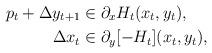
LaTeX: \begin{align*} p_{t} + \Delta y_{t+1}&\in \partial_{x} H_t(x_{t},y_t),\\ \Delta x_t &\in \partial_{y}[-H_t](x_{t},y_t), \end{align*}